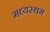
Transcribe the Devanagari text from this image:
मध्‍यस्‍थम